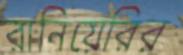
রানিয়েরির